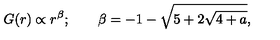
G ( r ) \propto r ^ { \beta } ; \qquad \beta = - 1 - \sqrt { 5 + 2 \sqrt { 4 + a } } ,